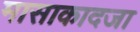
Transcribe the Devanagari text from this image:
मासाकादजा